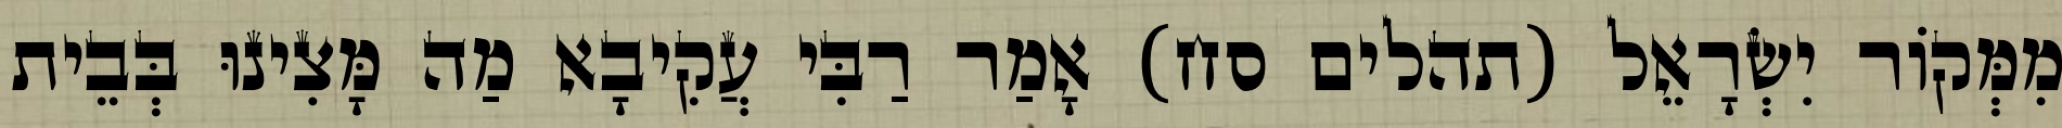
מִמְּקוֹר יִשְׂרָאֵל (תהלים סח) אָמַר רַבִּי עֲקִיבָא מַה מָּצִינוּ בְּבֵית